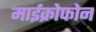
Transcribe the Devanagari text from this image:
माईक्रोफोन